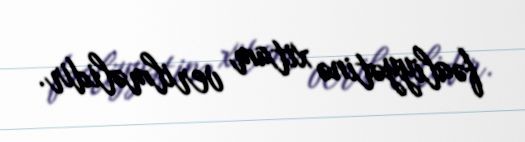
fəaliyyətinə xitam verilməlidir.